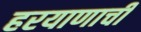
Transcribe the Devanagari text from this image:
हरयाणाची